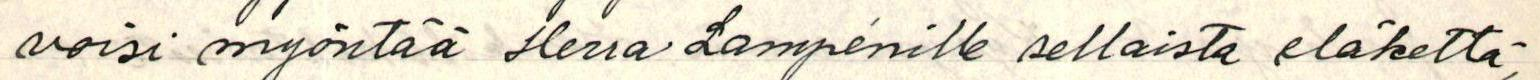
voisi myöntää Herra Lampénille sellaista eläkettä